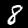
Digit: 8